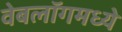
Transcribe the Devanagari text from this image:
वेबलॉगमध्ये